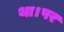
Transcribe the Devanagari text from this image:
था।पर